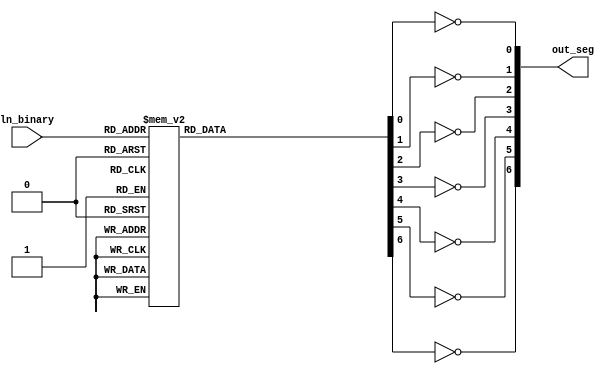
`timescale 1ns / 1ps
//////////////////////////////////////////////////////////////////////////////////
// Company: 
// Engineer: 
// 
// Design Name: 
// Module Name: output_display
// Project Name: 
// Target Devices: 
// Tool Versions: 
// Description: 
// 
// Dependencies: 
// 
// Revision:
// Revision 0.01 - File Created
// Additional Comments:
// 
//////////////////////////////////////////////////////////////////////////////////


module output_display(
    output [6:0] out_seg,
    input [4:0] ln_binary
   // input [7:0] dig_out
);

reg[6:0] digit_code= 7'h00;

always @(*)begin
   case(ln_binary)
        5'b00000 : digit_code <= 7'h7E; //0/O
        5'b00001 : digit_code <= 7'h30; //1
        5'b00010 : digit_code <= 7'h6D; //2/Z
        5'b00011 : digit_code <= 7'h79; //3
        5'b00100 : digit_code <= 7'h33; //4      
        5'b00101 : digit_code <= 7'h5B; //5/S
        5'b00110 : digit_code <= 7'h5F; //6
        5'b00111 : digit_code <= 7'h70; //7
        5'b01000 : digit_code <= 7'h7F; //8
        5'b01001 : digit_code <= 7'h73; //9/q
        5'b01010 : digit_code <= 7'h77; //A
        5'b01011 : digit_code <= 7'h1F; //b
        5'b01100 : digit_code <= 7'h4E; //C
        5'b01101 : digit_code <= 7'h3D; //d
        5'b01110 : digit_code <= 7'h4F; //E
        5'b01111 : digit_code <= 7'h47; //F
        5'b10000 : digit_code <= 7'h7B; //g
        5'b10001 : digit_code <= 7'h37; //H/K/X
        5'b10010 : digit_code <= 7'h10; //i 
        5'b10011 : digit_code <= 7'h3C; //J
        5'b10100 : digit_code <= 7'h0E; //L      
        5'b10101 : digit_code <= 7'h15; //n
        5'b10110 : digit_code <= 7'h67; //P
        5'b10111 : digit_code <= 7'h05; //r
        5'b11000 : digit_code <= 7'h0F; //t
        5'b11001 : digit_code <= 7'h3E; //U/V
        5'b11010 : digit_code <= 7'h1E; //W (first half)
        5'b11011 : digit_code <= 7'h06; //W (second half)
        5'b11100 : digit_code <= 7'h3B; //y
        5'b11101 : digit_code <= 7'h01; //-
        5'b11110 : digit_code <= 7'h09; //=
        5'b11111 : digit_code <= 7'h00; //NULL  
    endcase
end
    
assign out_seg[0] = ~digit_code[0];
assign out_seg[1] = ~digit_code[1];
assign out_seg[2] = ~digit_code[2];
assign out_seg[3] = ~digit_code[3];
assign out_seg[4] = ~digit_code[4];
assign out_seg[5] = ~digit_code[5];
assign out_seg[6] = ~digit_code[6];

endmodule